Annual report on the working of the lock hospitals in the Central Provinces
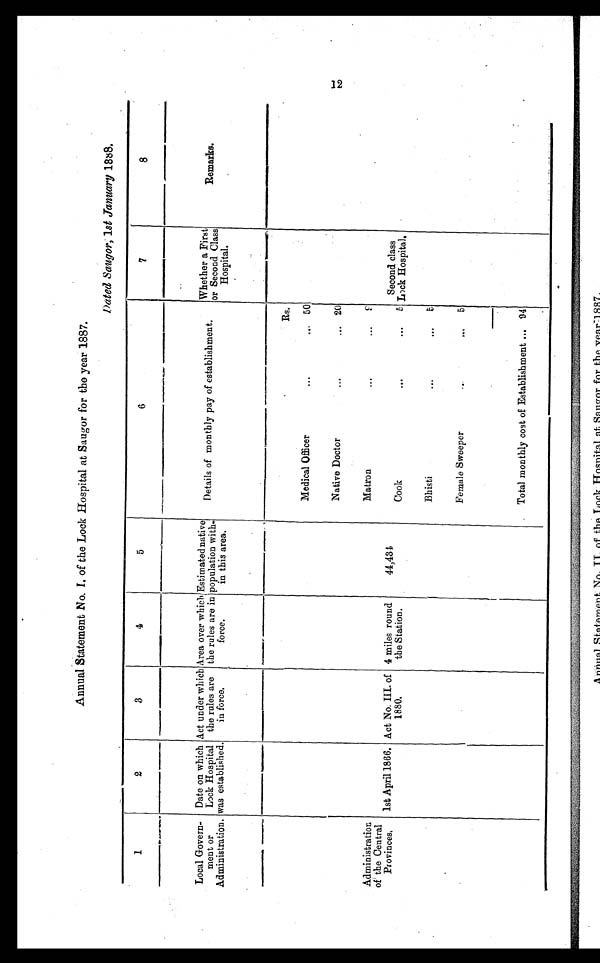
Annual Statement No. I. of the Lock Hospital at Saugor for the year 1887.
1 8 8 8 .
1
2
3
4
5
6
7
8
Local Govern-
ment or
Administration.
Date on which
Lock Hospital
was established.
Act under which
the rules are
in force
.
Area over which
the rules are in
force.
Estimated native
population with-
in this area.
Details of monthly pay of establishment.
Whether a First
or Second Class
Hospital.
Remarks.
.
.
Rs.
Medical Officer
. . .
50
Native Doctor
...
... 20
Administration
of the Central
Provinces.
1st April 1866. Act No. III. of
1880.
4 miles round
the Station.
44,434
Matron
... ... 8
Cook
...
. . . 5
Second class
Lock Hospital,
Bhisti
. . . ...
5
Female Sweeper
...
Total monthly cost of Establishment ... 94
Annual Statement No
II of the
Lock Hospital of Saugor for the. y ear 1887